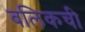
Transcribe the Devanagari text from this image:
बलिकची